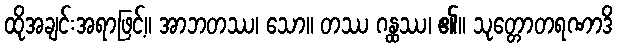
ထိုအချင်းအရာဖြင့်။ အာဘတဿ၊ သော။ တဿ ဂန္ထဿ၊ ၏။ သုတ္တောတရဏာဒိ